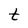
Character: t